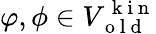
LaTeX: \varphi,\phi\in V_{\mathrm{~o~l~d~}}^{\mathrm{~k~i~n~}}